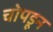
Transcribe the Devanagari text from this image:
चोपडून